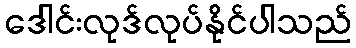
ဒေါင်းလုဒ်လုပ်နိုင်ပါသည်